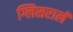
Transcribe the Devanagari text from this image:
ग्लिसरालॅ